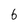
Character: 6